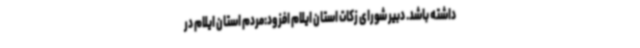
داشته باشد. دبیر شورای زکات استان ایلام افزود:مردم استان ایلام در